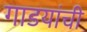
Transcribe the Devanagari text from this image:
गाडयांची